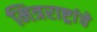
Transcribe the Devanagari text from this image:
मित्रराष्ट्रांचे